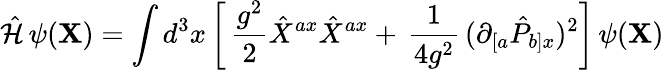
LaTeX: {\hat{\cal H}}\, \psi({\mathbf X})=\int d^{3}x\left[\, \frac{g^{2}}{2}{\hat{X}}^{ax}{\hat{X}}^{ax}+\, \frac{1}{4g^{2}}\, (\partial_{[a}{\hat{P}}_{b]x})^{2}\right]\, \psi({\mathbf X})